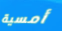
أمسية